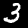
Label: 3